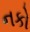
નકો